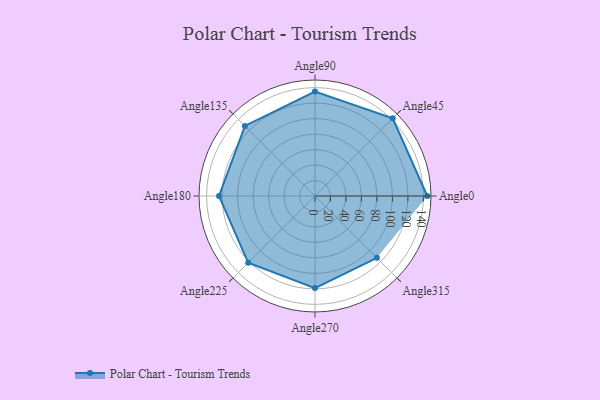
{"axis": {"x": "Angle", "y": "Radius"}, "legend": [""], "data": [{"x": "Angle0", "y": 145.0, "type": ""}, {"x": "Angle45", "y": 142.0, "type": ""}, {"x": "Angle90", "y": 135.0, "type": ""}, {"x": "Angle135", "y": 128.0, "type": ""}, {"x": "Angle180", "y": 124.0, "type": ""}, {"x": "Angle225", "y": 122.0, "type": ""}, {"x": "Angle270", "y": 119.0, "type": ""}, {"x": "Angle315", "y": 113.0, "type": ""}]}